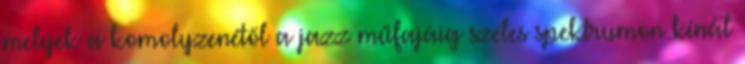
melyek a komolyzenétől a jazz műfajáig széles spektrumon kínál